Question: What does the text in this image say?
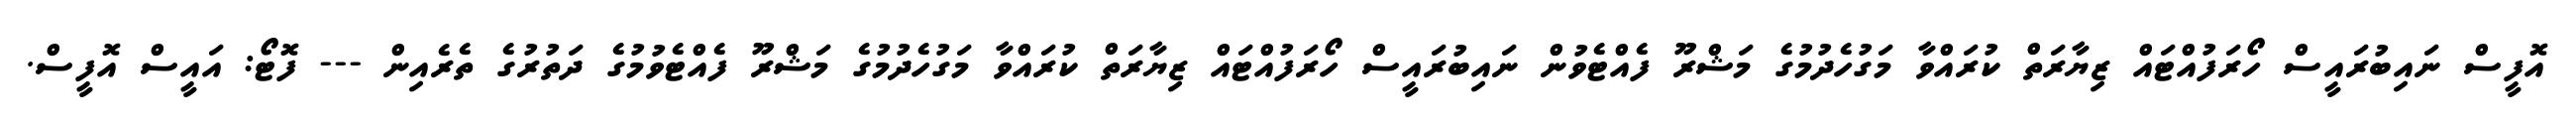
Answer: އޮފީސް ނައިބުރައީސް ހޯރަފުއްޓައް ޒިޔާރަތް ކުރައްވާ މަގުހެދުމުގެ މަޝްރޫ ފެއްޓެވުން ނައިބުރައީސް ހޯރަފުއްޓައް ޒިޔާރަތް ކުރައްވާ މަގުހެދުމުގެ މަޝްރޫ ފެއްޓެވުމުގެ ދަތުރުގެ ތެރެއިން --- ފޮޓޯ: އައީސް އޮފީސް.